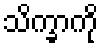
သိက္ခာကို